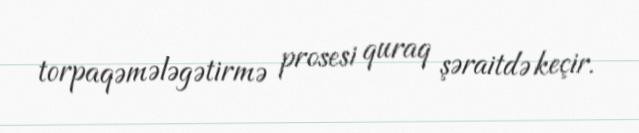
torpaqəmələgətirmə prosesi quraq şəraitdə keçir.